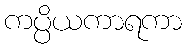
ကပ္ပိယကာရကာ